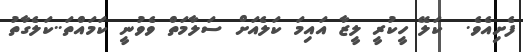
ފެށިއެވެ.  ކަލޭ ހީކުރީ ލީޒާ އައިމަ ކަލެއަށް ސަލާމަތް ވެވުނީ ކަމައްތަ..ކަލެގާތު